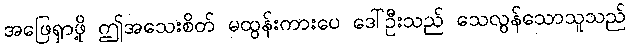
အဖြေရှာဖို့ ဤအသေးစိတ် မထွန်းကားပေ ဒေါ်ဦးသည် သေလွန်သောသူသည်